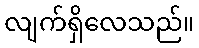
လျက်ရှိလေသည်။